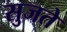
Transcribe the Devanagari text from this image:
सुजते